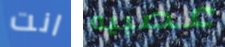
انت عصبيه